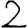
Digit: 2